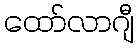
ထော်လာဂျီ